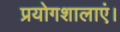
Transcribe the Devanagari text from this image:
प्रयोगशालाएं।